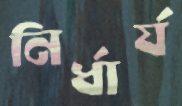
নির্ধার্য